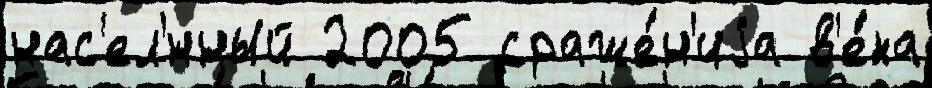
нас'ел'́нный 2005 сраже́н'иjа в'е́ка